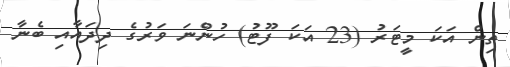
ތިން އަކަ މީޓަރު (23 އަކަ ފޫޓު) ހުންނަ ވަރުގެ ދިދައާއި ބެނާ